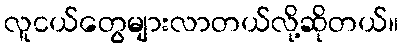
လူငယ်တွေများလာတယ်လို့ဆိုတယ်။